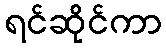
ရင်ဆိုင်ကာ